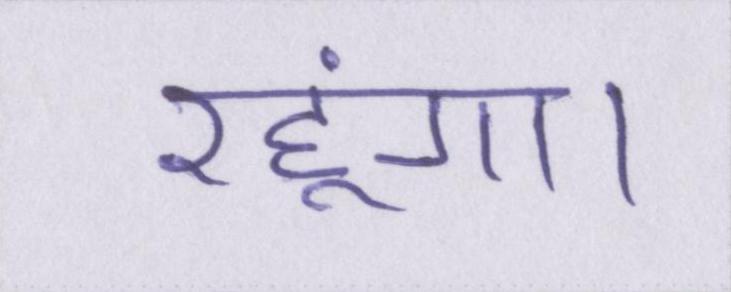
रहूंगा।